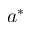
a ^ { * }